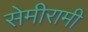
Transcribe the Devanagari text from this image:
सेमीरामी